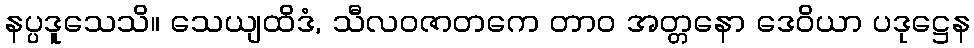
နပ္ပဒူသေသိ။ သေယျထိဒံ, သီလဝဇာတကေ တာဝ အတ္တနော ဒေဝိယာ ပဒုဋ္ဌေန